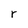
Character: r